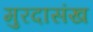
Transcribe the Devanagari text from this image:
मुरदासंख